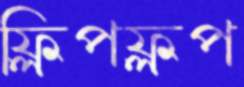
ফ্লিপফ্লপ